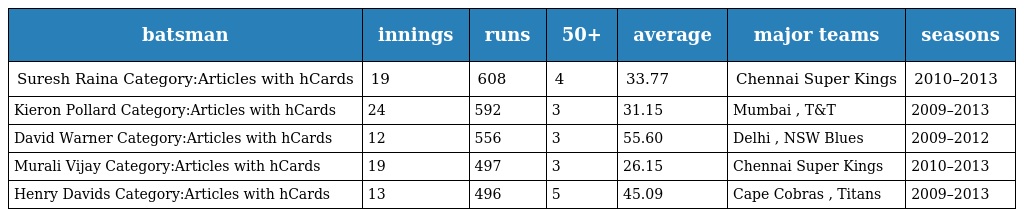
| batsman | innings | runs | 50+ | average | major teams | seasons |
 | --- | --- | --- | --- | --- | --- | --- |
 | Suresh Raina Category:Articles with hCards | 19 | 608 | 4 | 33.77 | Chennai Super Kings | 2010–2013 |
 | Kieron Pollard Category:Articles with hCards | 24 | 592 | 3 | 31.15 | Mumbai , T&T | 2009–2013 |
 | David Warner Category:Articles with hCards | 12 | 556 | 3 | 55.60 | Delhi , NSW Blues | 2009–2012 |
 | Murali Vijay Category:Articles with hCards | 19 | 497 | 3 | 26.15 | Chennai Super Kings | 2010–2013 |
 | Henry Davids Category:Articles with hCards | 13 | 496 | 5 | 45.09 | Cape Cobras , Titans | 2009–2013 |